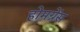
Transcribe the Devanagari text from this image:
होमग्रेंस